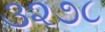
૩૨૭૮